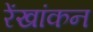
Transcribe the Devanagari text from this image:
रेंखांकन